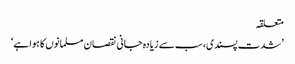
متعلقہ
’شدت پسندی، سب سے زیادہ جانی نقصان مسلمانوں کا ہوا ہے‘